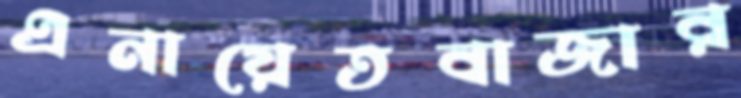
এনায়েতবাজার